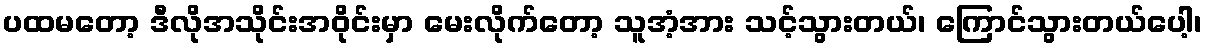
ပထမတော့ ဒီလိုအသိုင်းအဝိုင်းမှာ မေးလိုက်တော့ သူအံ့အား သင့်သွားတယ်၊ ကြောင်သွားတယ်ပေါ့၊